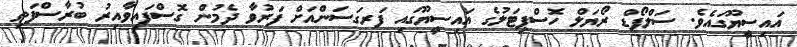
އައިސީޔޫގައެވެ. ސަލްފޯޑް ރޯޔަލް ހޮސްޕިޓަލުގެ އައިސީޔޫގައި ފަރގަސަންއަށް ފަރުވާ ދެމުން ގޮސްފައިވާއިރު ބުރާސްފަތި